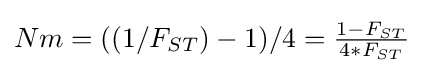
Nm=((1/F_{ST})-1)/4={\tfrac {1-F_{ST}}{4*F_{ST}}}